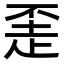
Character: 𬦇